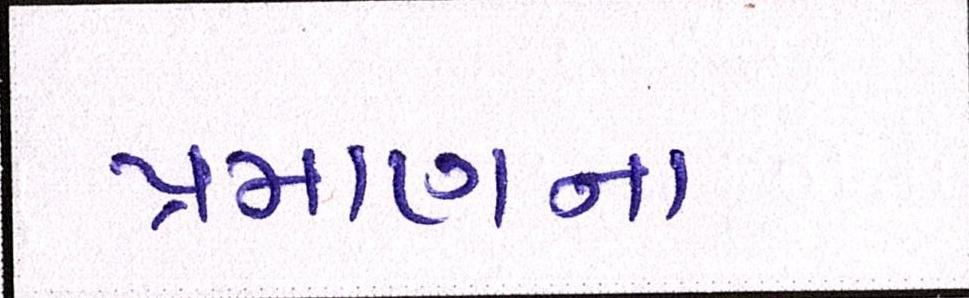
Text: પ્રમાણના